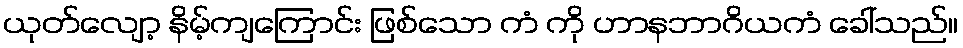
ယုတ်လျော့ နိမ့်ကျကြောင်း ဖြစ်သော ကံ ကို ဟာနဘာဂိယကံ ခေါ်သည်။